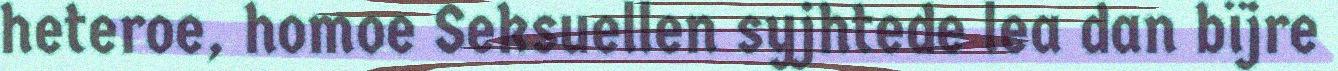
heteroe, homoe Seksuellen syjhtede lea dan bïjre